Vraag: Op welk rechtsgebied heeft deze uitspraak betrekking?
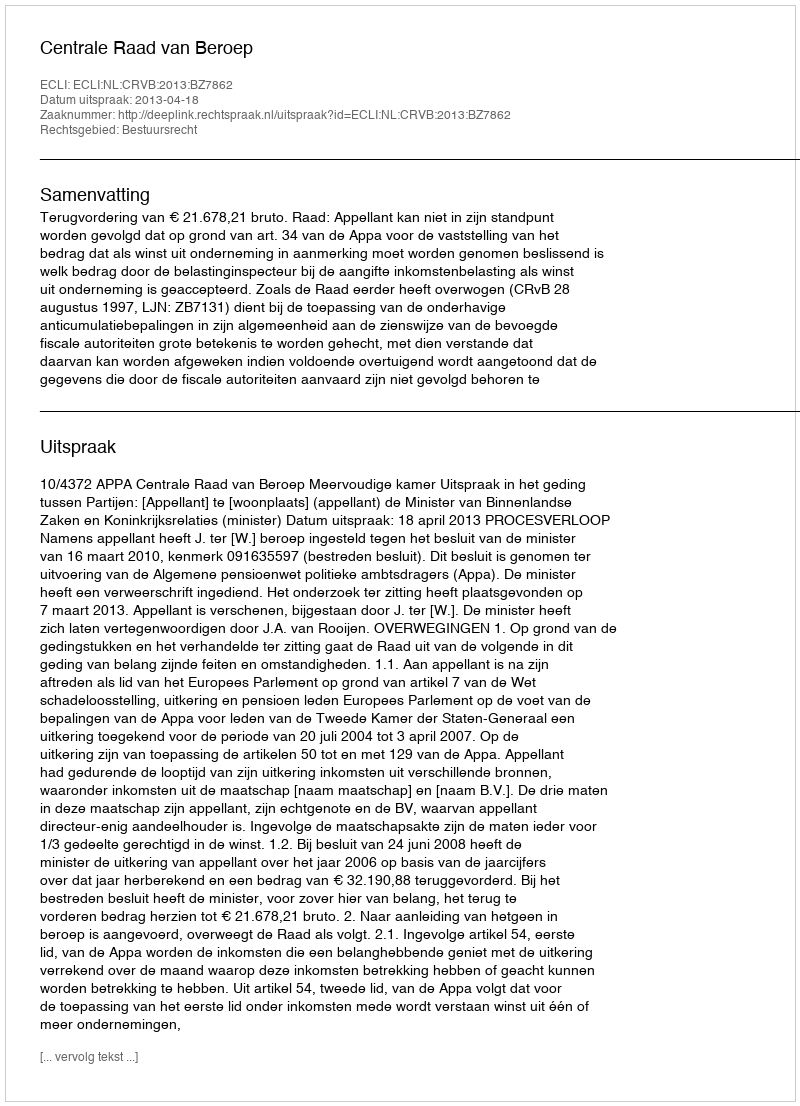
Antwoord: Bestuursrecht